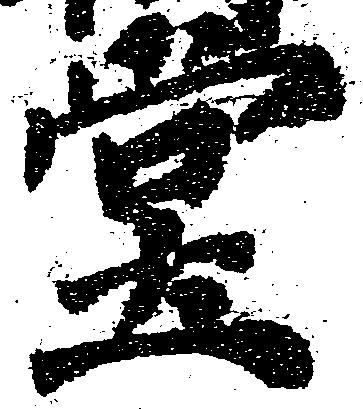
堂